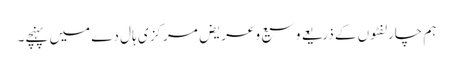
ہم چارلفٹوں کے ذریعے وسیع و عریض مرکز ی ہال دے میں پہنچے۔